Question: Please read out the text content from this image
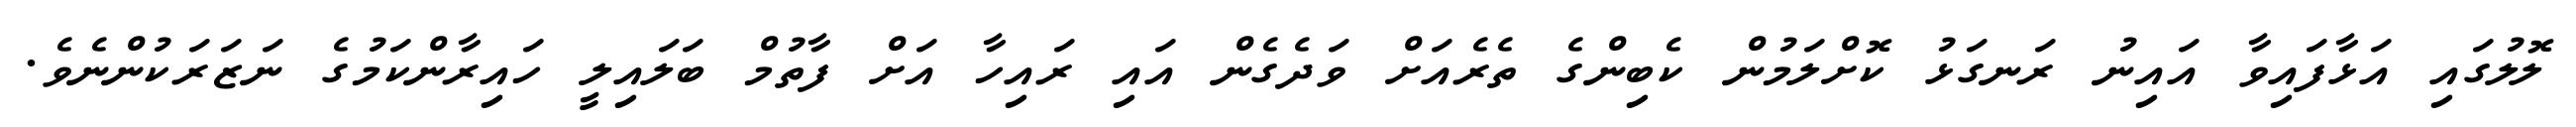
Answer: ލޮލުގައި އަޅާފައިވާ އައިނު ރަނގަޅު ކޮށްލަމުން ކެބިންގެ ތެރެއަށް ވަދެގެން އައި ރައިހާ އަށް ފާތުމް ބަލައިލީ ހައިރާންކަމުގެ ނަޒަރަކުންނެވެ.